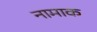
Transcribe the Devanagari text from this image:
नामाक